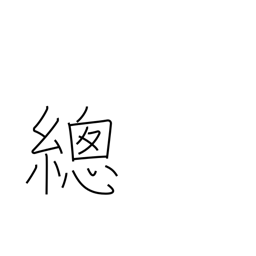
Meaning: overall